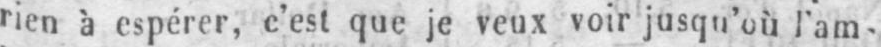
rien à espérer, c’est que je veux voir jusqu’où l’am-